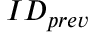
I D _ { p r e v }